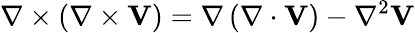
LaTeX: \nabla\times\left(\nabla\times\mathbf{V}\right)=\nabla\left(\nabla\cdot\mathbf{V}\right)-\nabla^{2}\mathbf{V}